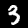
Digit: 3